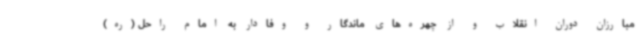
مبارزان دوران انقلاب و از چهره‌های ماندگار و وفادار به امام راحل (ره)